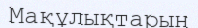
Мақұлықтарын